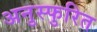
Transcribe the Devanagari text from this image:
अनुस्फुरित